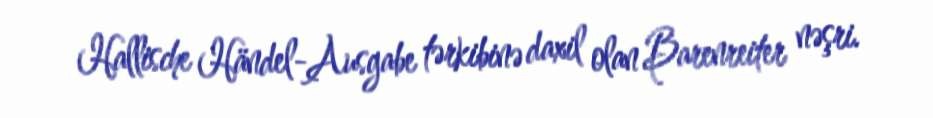
Hallische Händel-Ausgabe tərkibinə daxil olan Barenreiter nəşri.